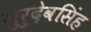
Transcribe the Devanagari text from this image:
गुरुदेवसिंह